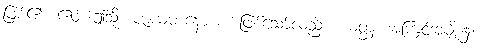
ဖြစ်၏။ ဧဝံ၊ ဤသို့။ ဇာယမာနော စ၊ ဖြစ်သော်လည်း။ ယတ္ထ၊ အကြင်အမျိုး၌။